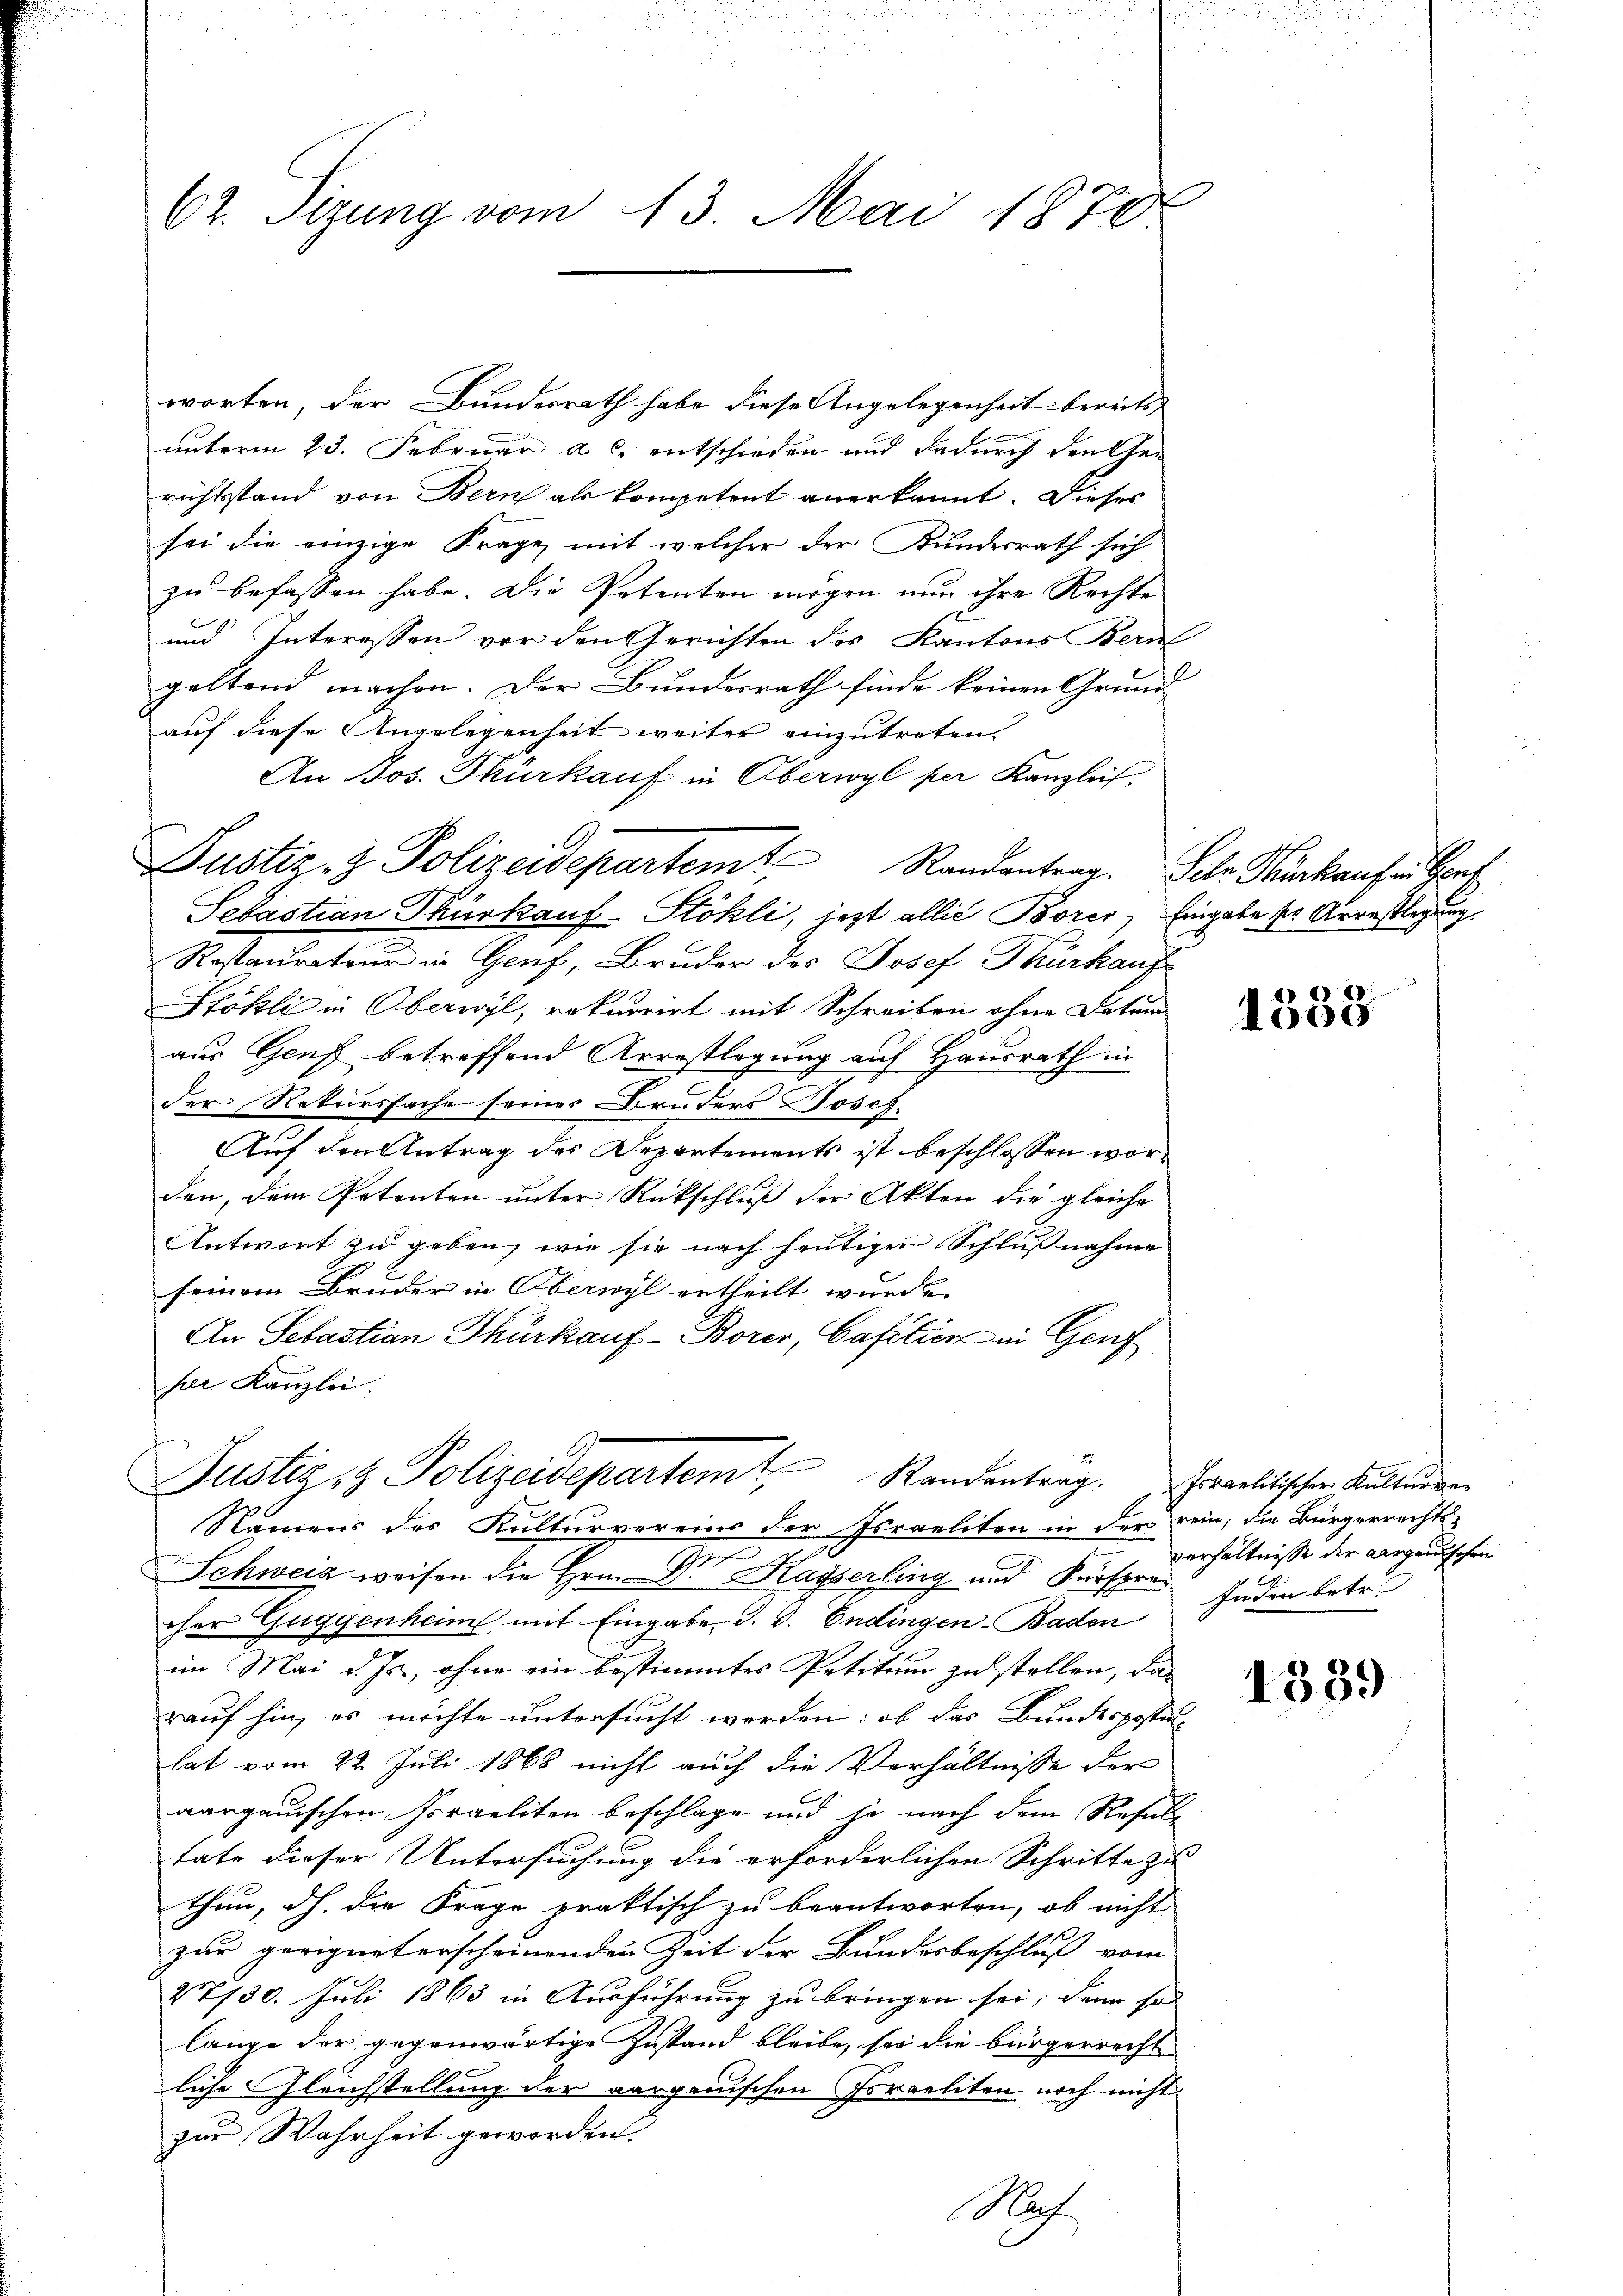
62. Sizung vom 13. Mai 1870.

worten, der Bundesrath habe diese Angelegenheit bereits
unterm 23. Februar a. c. entschieden und dadurch den Gerichtsstand von Bern als kompetent anerkannt. Dieses
sei die einzige Frage mit welcher der Kundesrath sich
zu befassen habe. Die Petenten mögen nun ihre Rechte
und Interessen vor den Gerichten des Kantons Bern
geltend machen. Der Bundesrath finde keinen Grund-
auf diese Angelegenheit weiter einzutreten.
An Jos. Thürkauf in Oberwyl per Kanzleis
Sebastian Thurkauf-Stöhli, jezt allis Borer, Eingabe ser Arrestlegung
Rostaurateur in Genf, Bruder des Josef Thürkauf
Stökli in Oberwyl, rekurrirt mit Schreiben ohne Datum
aus Genf betreffend Arrestlegung auf Hausrath in
der Rekurssache seines Bruders Josef
Auf den Antrag des Departements ist beschlossen worden, dem Petenten unter Rückschluß der Akten die gleiche
Antwort zu geben, wie sie nach heutiger Schlußnahme
seinem Bruder in Oberwyl ertheilt wurde.
An Sebastian Thürkauf-Borer, Cafétien in Genf
sr Kanzlei.
Justiz- & Polizeidepartem Randentrag.
Namens des Kulturvereins der Israeliten in der rein; die Bürgerrechts¬
Schweiz weisen die Hrn. Dr Kayserling und Fürspres Inden betr.
cher Guggenheim mit Eingabe, d. d. Endingen-Baden
im Mai d. Js., ohne ein bestimmtes Petitum zu stellen, das
rauf hin, es möchte untersucht werden: ob das Bundespostu
lat vom 22. Juli 1868 nicht auch die Verhältnisse der
aargauischen Vorgeliten beschlage und je nach dem Resule
tate dieser Untersuchung die erforderlichen Schritte zu
thun, dh. die Frage praktisch zu beantworten, ob nicht
zur geeignet erscheinenden Zeit der Bundesbeschluß vom
27/30. Juli 1863 in Ausführung zu bringen sei; denn so
lange der gegenwärtige Zustand bleibe, sei die bürgerrecht
liche Gleichstellung der aarganischen Israeliten noch nicht
zur Wahrheit geworden.
Mah

1

x
Justiz- & Polizeisepartemt Randantrag. Schr. Hürkaufen Herr

1388

Jovanlitischer Kulturge
verhältnisse der Aargauischen

1339